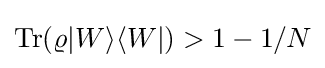
{\rm {Tr}}(\varrho |W\rangle \langle W|)>1-1/N